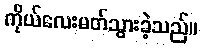
ကိုယ်လေးမတ်သွားခဲ့သည်။